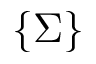
\{ \Sigma \}